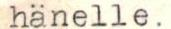
hänelle.